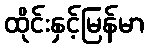
ထိုင်းနှင့်မြန်မာ